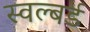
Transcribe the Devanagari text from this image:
स्वल्बर्ड